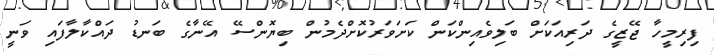
ފިރިމީހާ ޖޭޒީގެ ދަރިއަކަށް ބަލިވެއިންކަން ކަށަވަރުކޮށްދެމުން ބިޔޮންސޭ އޭނާގެ ބަނޑު ދައްކާލާފައި ވަނީ